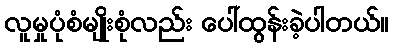
လူမှုပုံစံမျိုးစုံလည်း ပေါ်ထွန်းခဲ့ပါတယ်။